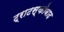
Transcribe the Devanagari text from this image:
ट्राटस्कीवाद